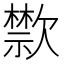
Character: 㱈